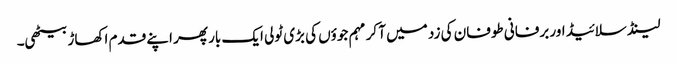
لینڈ سلائیڈ اور برفانی طوفان کی زد میں آ کر مہم جوؤں کی بڑی ٹولی ایک بار پھر اپنے قدم اکھاڑ بیٹھی۔